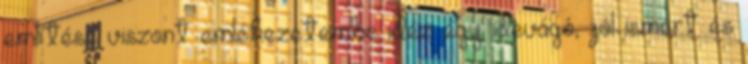
említése viszont emlékezetembe idéz egy idevágó, jól ismert és